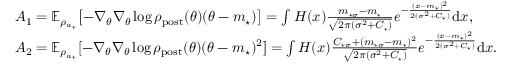
\begin{array} { r l } & { A _ { 1 } = \mathbb { E } _ { \rho _ { a _ { \star } } } \bigl [ - \nabla _ { \theta } \nabla _ { \theta } \log \rho _ { \mathrm { p o s t } } ( \theta ) ( \theta - m _ { \star } ) \bigr ] = \int H ( x ) \frac { m _ { \star \sigma } - m _ { \star } } { \sqrt { 2 \pi ( \sigma ^ { 2 } + C _ { \star } ) } } e ^ { - \frac { ( x - m _ { \star } ) ^ { 2 } } { 2 ( \sigma ^ { 2 } + C _ { \star } ) } } \mathrm { d } x , } \\ & { A _ { 2 } = \mathbb { E } _ { \rho _ { a _ { \star } } } [ - \nabla _ { \theta } \nabla _ { \theta } \log \rho _ { \mathrm { p o s t } } ( \theta ) ( \theta - m _ { \star } ) ^ { 2 } ] = \int H ( x ) \frac { C _ { \star \sigma } + ( m _ { \star \sigma } - m _ { \star } ) ^ { 2 } } { \sqrt { 2 \pi ( \sigma ^ { 2 } + C _ { \star } ) } } e ^ { - \frac { ( x - m _ { \star } ) ^ { 2 } } { 2 ( \sigma ^ { 2 } + C _ { \star } ) } } \mathrm { d } x . } \end{array}